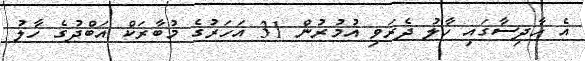
އެ ހާދިސާގައި ހާލު ދެރަވި އުމުރުން 31 އަހަރުގެ މުބާރަކް އަބްދުގެ ހާލު